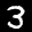
Label: 3